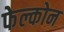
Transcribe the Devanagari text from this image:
फेल्कोन